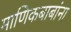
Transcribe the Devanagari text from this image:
माणिकबाबांना